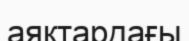
аяқтардағы